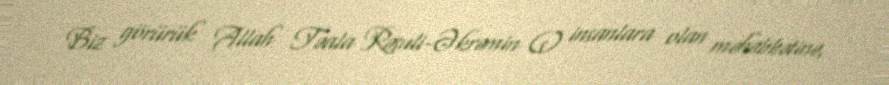
Biz görürük Allah Təala Rəsuli-Əkrəmin (s) insanlara olan məhəbbətinə,